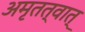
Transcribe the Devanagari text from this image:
अमृतत्वात्